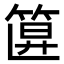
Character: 𥮞